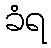
ခံရ